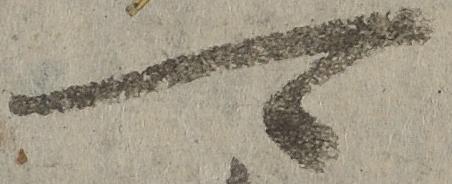
可